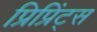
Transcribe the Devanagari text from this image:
प्रिप्रिंट्स